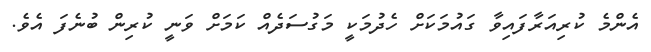
އެންމެ ކުރިއަރާފައިވާ ގައުމަކަށް ހެދުމަކީ މަގުސަދެއް ކަމަށް ވަނީ ކުރިން ބުނެފަ އެވެ.